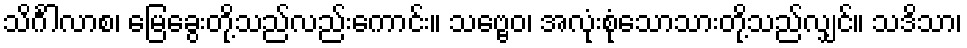
သိင်္ဂါလာစ၊ မြေခွေးတို့သည်လည်းကောင်း။ သဗ္ဗေဝ၊ အလုံးစုံသောသားတို့သည်လျှင်။ သဒိသာ၊